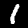
Digit: 1